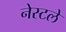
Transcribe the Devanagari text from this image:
नेस्टले